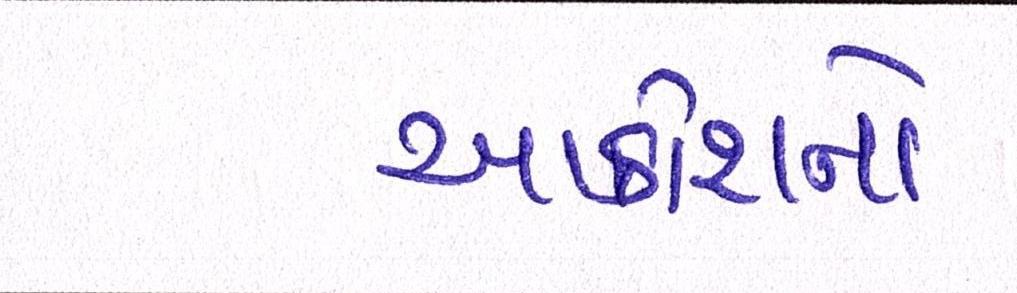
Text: આક્રોશનો